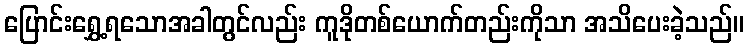
ပြောင်းရွှေ့ရသောအခါတွင်လည်း ကူဒိုတစ်ယောက်တည်းကိုသာ အသိပေးခဲ့သည်။